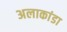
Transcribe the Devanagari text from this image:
अलाकांडा